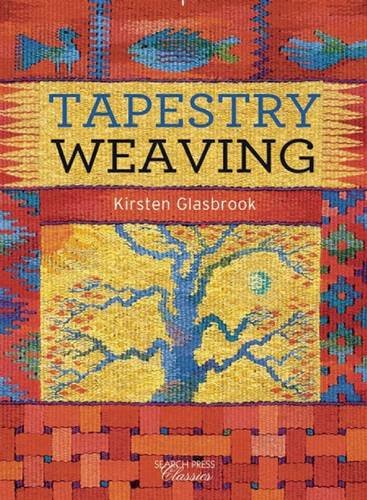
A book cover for Tapestry Weaving (Search Press Classics); Kirsten Glasbrook; Crafts, Hobbies & Home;